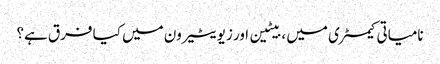
نامیاتی کیمسٹری میں ، بیٹین اور زیویٹیرون میں کیا فرق ہے؟